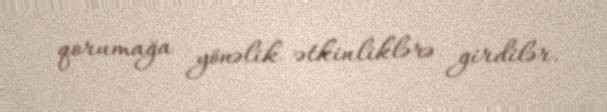
qorumağa yönəlik ətkinliklərə girdilər.